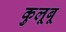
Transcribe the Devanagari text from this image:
कुलूबू